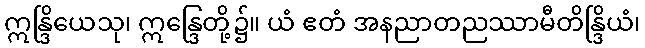
ဣန္ဒြိယေသု၊ ဣန္ဒြေတို့၌။ ယံ ဧတံ အနညာတညဿာမီတိန္ဒြိယံ၊